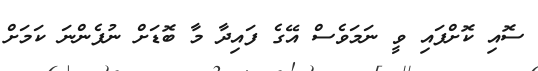
ސޮއި ކޮށްފައި ވީ ނަމަވެސް އޭގެ ފައިދާ މާ ބޮޑަށް ނުފެންނަ ކަމަށް